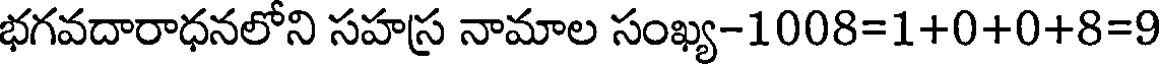
భగవదారాధనలోని సహస్ర నామాల సంఖ్య-1008=1+0+0+8=9